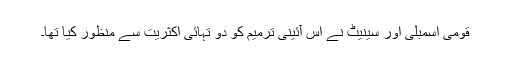
قومی اسمبلی اور سینیٹ نے اس آئینی ترمیم کو دو تہائی اکثریت سے منظور کیا تھا۔